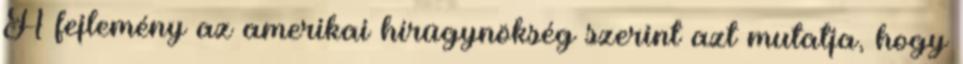
A fejlemény az amerikai hírügynökség szerint azt mutatja, hogy